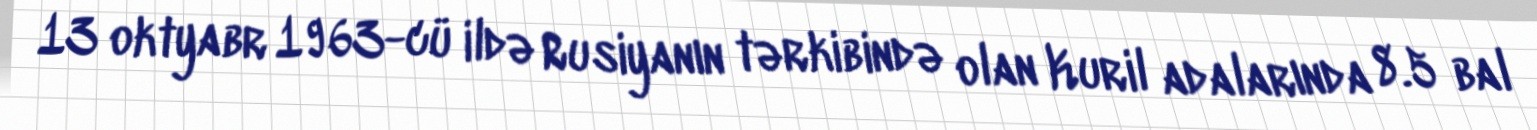
13 oktyabr 1963-cü ildə Rusiyanın tərkibində olan Kuril adalarında 8.5 bal